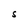
Character: S